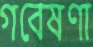
গবেষণা